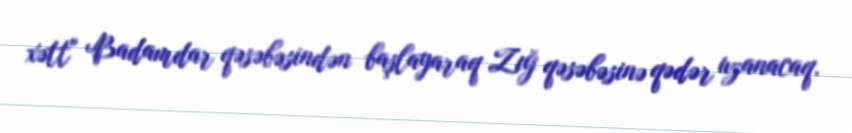
xətt" Badamdar qəsəbəsindən başlayaraq Zığ qəsəbəsinə qədər uzanacaq.